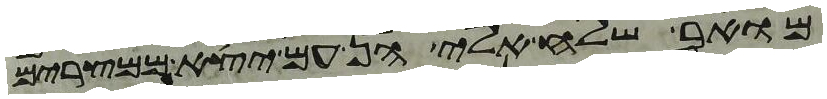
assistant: מואב שלח אלי הן עם יצא ממצרים